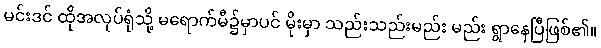
မင်းဒင် ထိုအလုပ်ရုံသို့ မရောက်မီ၌မှာပင် မိုးမှာ သည်းသည်းမည်း မည်း ရွာနေပြီဖြစ်၏။